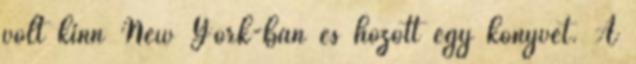
volt kinn New York-ban és hozott egy könyvet. A